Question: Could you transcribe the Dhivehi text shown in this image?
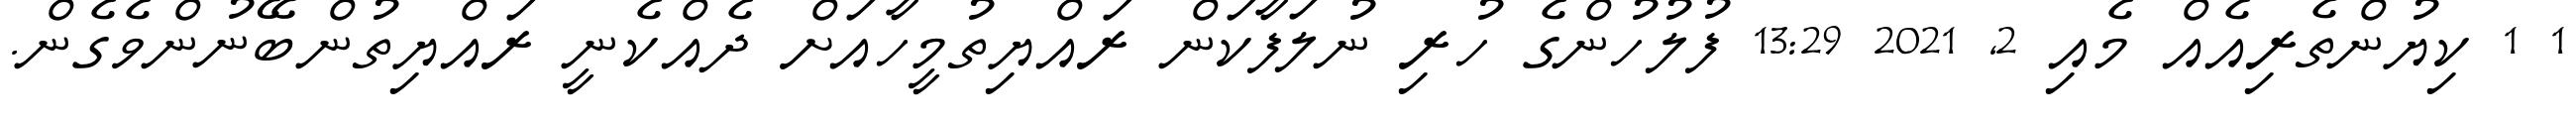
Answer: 1 1 ކިޔުންތެރިއެއް މެއި 2, 2021 13:29 ފުލުހުންގެ ހުރި ނުލަފާކަން ރައްޔިތުމީހާއަށް ދެއްކެނީ ރައްޔިތުންބޭނުންވެގެން.